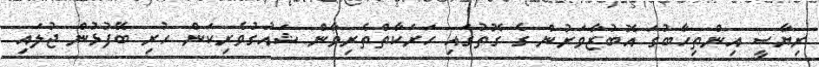
ރިޔާސީ އިންތިހާބުގަ އޮބުޒާވަރުން ގެ ގޮތުގައި ހަރަކާތްތެރިވާން ޝައުގުވެރިކަން ހުރި ބޭފުޅުން ޖުލައި